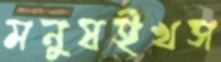
মনুষইখস